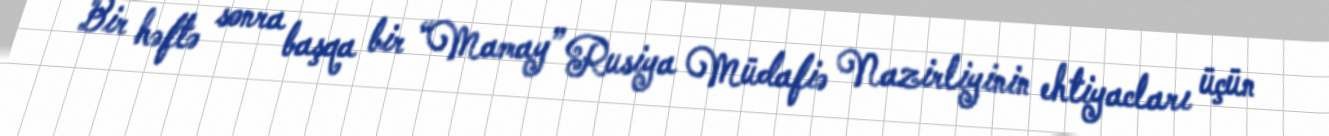
Bir həftə sonra başqa bir “Mamay” Rusiya Müdafiə Nazirliyinin ehtiyacları üçün